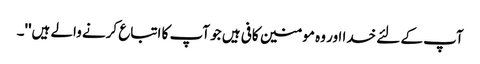
آپ کے لئے خدا اور وہ مومنین کافی ہیں جو آپ کا اتباع کرنے والے ہیں''۔